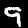
Digit: 9